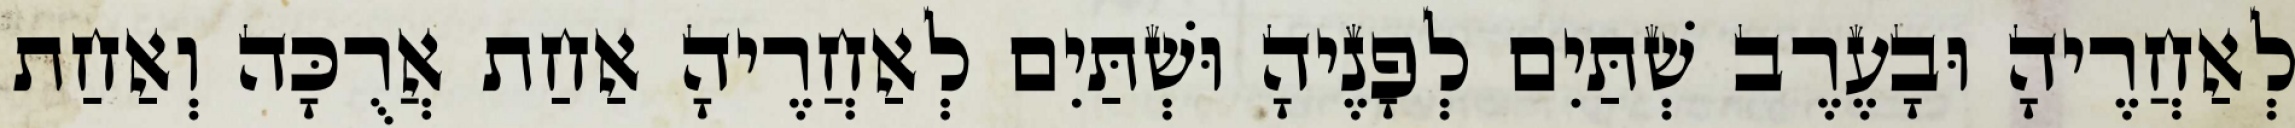
לְאַחֲרֶיהָ וּבָעֶרֶב שְׁתַּיִם לְפָנֶיהָ וּשְׁתַּיִם לְאַחֲרֶיהָ אַחַת אֲרֻכָּה וְאַחַת